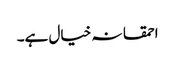
احمقانہ خیال ہے۔